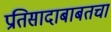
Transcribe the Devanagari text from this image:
प्रतिसादाबाबतचा